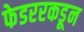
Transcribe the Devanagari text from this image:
फेडररकडून